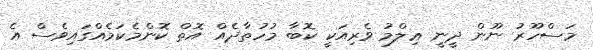
މަސްހޫރު ނޫން ދީނީ ޢިލްމު ވެރިއަކީ ކޮބާ މުހުތާދެއް އޮތް ކޮންމެކަމެއްގައިވެސް އެ